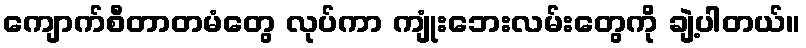
ကျောက်စီတာတမံတွေ လုပ်ကာ ကျုံးဘေးလမ်းတွေကို ချဲ့ပါတယ်။